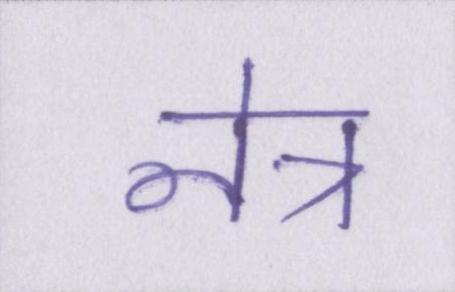
नेत्र